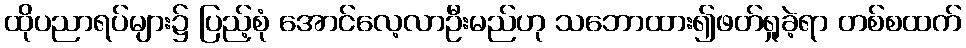
ထိုပညာရပ်များ၌ ပြည့်စုံ အောင်လေ့လာဦးမည်ဟု သဘောထား၍ဖတ်ရှုခဲ့ရာ တစ်စထက်